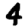
Digit: 4